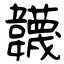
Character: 韤